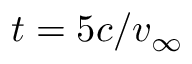
{ t } = 5 c / { v } _ { \infty }